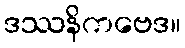
ဒဿနိကဗေဒ။